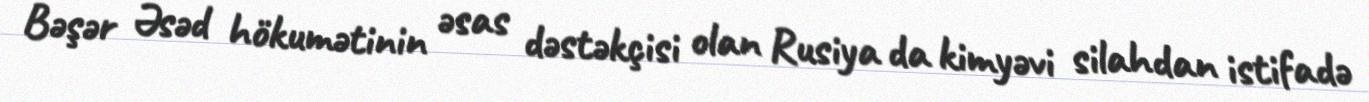
Bəşər Əsəd hökumətinin əsas dəstəkçisi olan Rusiya da kimyəvi silahdan istifadə